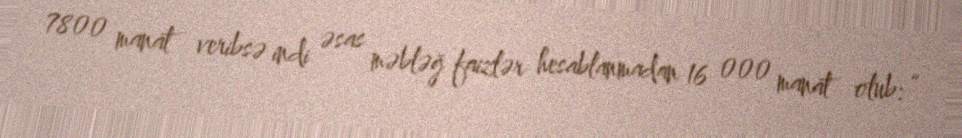
7800 manat veribsə indi əsas məbləğ faizlər hesablanmadan 16 000 manat olub: “